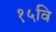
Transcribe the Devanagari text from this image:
१५वि